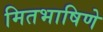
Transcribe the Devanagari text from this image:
मितभाषिणे